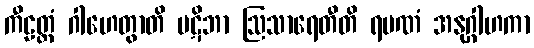
ကီဠတ္ထံ ဂါဟေတွာတိ ပဋိဘာ ဩသာရေတီတိ ရမဏံ အနုဂ္ဂါဟကာ